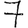
Digit: 7